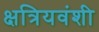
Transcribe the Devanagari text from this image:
क्षत्रियवंशी